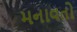
મનાવતો